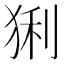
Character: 猁